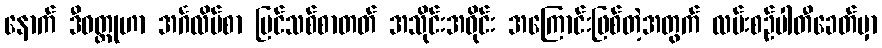
နောက် ဒီဝတ္ထုဟာ အင်္ဂလိပ်စာ ပြင်သစ်စာတတ် အသိုင်းအဝိုင်း အကြောင်းဖြစ်တဲ့အတွက် လမ်းစဉ်ပါတီခေတ်မှာ